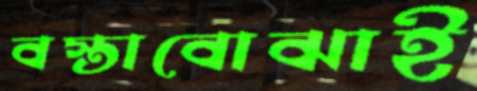
বস্তাবোঝাই